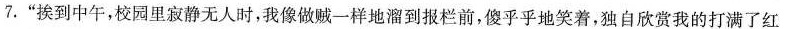
7.”挨到中午，校园里寂静无人时，我像做贼一样地溜到报栏前，傻乎乎地笑着，独自欣赏我的打满了红